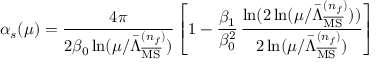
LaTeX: \alpha _ { s } ( \mu ) = \frac { 4 \pi } { 2 \beta _ { 0 } \ln ( \mu / \bar { \Lambda } _ { \overline { { { \mathrm { M S } } } } } ^ { ( n _ { f } ) } ) } \left[ 1 - \frac { \beta _ { 1 } } { \beta _ { 0 } ^ { 2 } } \, \frac { \ln ( 2 \ln ( \mu / \bar { \Lambda } _ { \overline { { { \mathrm { M S } } } } } ^ { ( n _ { f } ) } ) ) } { 2 \ln ( \mu / \bar { \Lambda } _ { \overline { { { \mathrm { M S } } } } } ^ { ( n _ { f } ) } ) } \right]